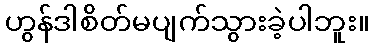
ဟွန်ဒါစိတ်မပျက်သွားခဲ့ပါဘူး။